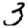
Digit: 3